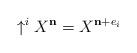
LaTeX: \begin{align*}\uparrow^i X^\mathbf{n} = X^{\mathbf{n} + e_i}\end{align*}